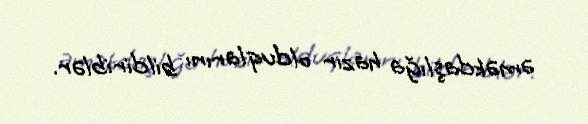
əməkdaşlığa hazır olduqlarını bildiriblər.